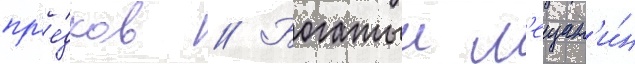
пр'е́дков // Богатыи м'ещан'и́н